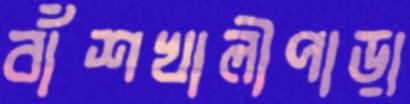
বাঁশখালীপাড়া